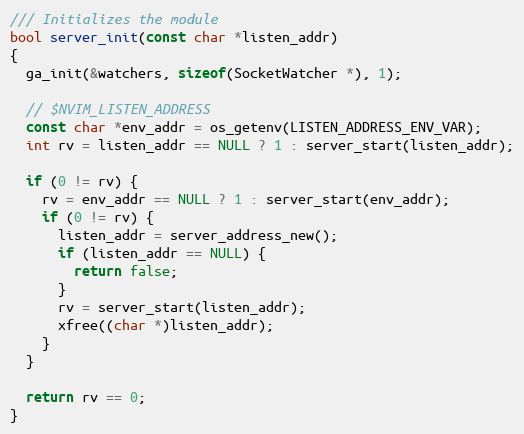
Language: C
/// Initializes the module
bool server_init(const char *listen_addr)
{
  ga_init(&watchers, sizeof(SocketWatcher *), 1);

  // $NVIM_LISTEN_ADDRESS
  const char *env_addr = os_getenv(LISTEN_ADDRESS_ENV_VAR);
  int rv = listen_addr == NULL ? 1 : server_start(listen_addr);

  if (0 != rv) {
    rv = env_addr == NULL ? 1 : server_start(env_addr);
    if (0 != rv) {
      listen_addr = server_address_new();
      if (listen_addr == NULL) {
        return false;
      }
      rv = server_start(listen_addr);
      xfree((char *)listen_addr);
    }
  }

  return rv == 0;
}